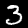
Label: 3